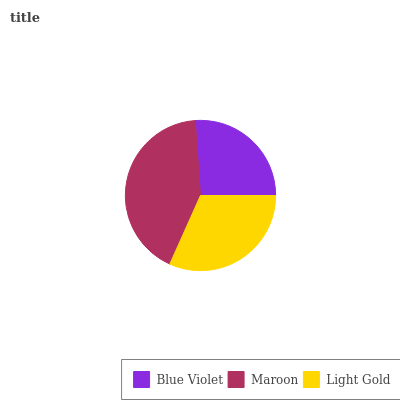
| Blue Violet | Maroon | Light Gold |
 | --- | --- | --- |
 | 26.1% | 42.2% | 31.7% |